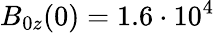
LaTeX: B_{0z}(0)=1.6\cdot 10^{4}